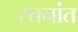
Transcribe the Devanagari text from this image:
स्तनांत